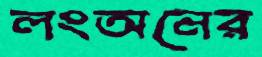
লংঅনের